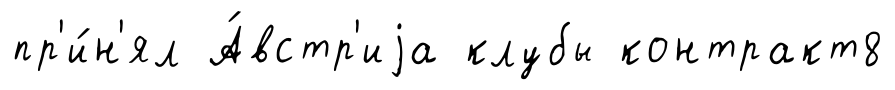
пр'и́н'ял А́встр'иjа клубы контракт8